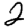
Digit: 2